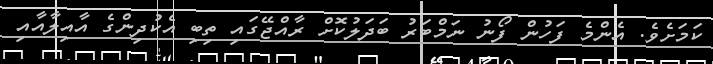
ކަމަށެވެ. އެންމެ ފަހުން ފޯނު ނަމްބަރު ބަދަލުކޮށް ރާއްޖޭގައި ތިބި އެކުދިންގެ އާއިލާއާއި